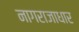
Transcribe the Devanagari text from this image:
नागराजाधार